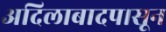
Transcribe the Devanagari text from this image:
अदिलाबादपासून